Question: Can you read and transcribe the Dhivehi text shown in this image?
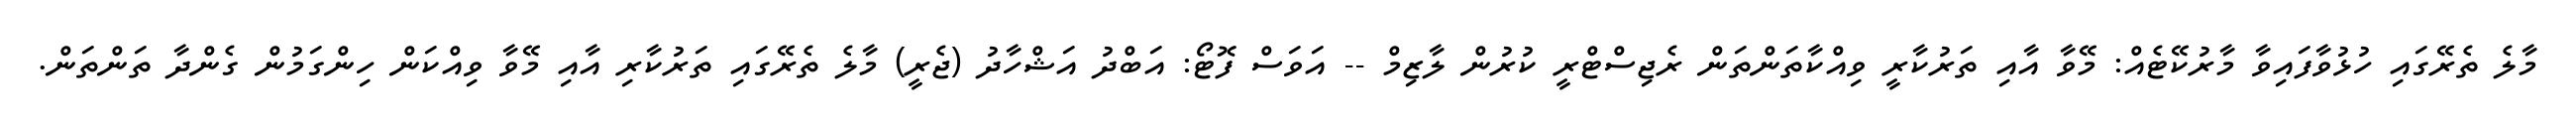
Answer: މާލެ ތެރޭގައި ހުޅުވާފައިވާ މާރުކޭޓެއް: މޭވާ އާއި ތަރުކާރީ ވިއްކާތަންތަން ރެޖިސްޓްރީ ކުރުން ލާޒިމް -- އަވަސް ފޮޓޯ: އަބްދު އަޝްހާދު (ޖެރީ) މާލެ ތެރޭގައި ތަރުކާރި އާއި މޭވާ ވިއްކަން ހިންގަމުން ގެންދާ ތަންތަން.